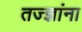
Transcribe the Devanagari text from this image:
तज्‍ज्ञांना